Vaccination in Bombay 1863-1868 - 1863-1868
Year: 1863
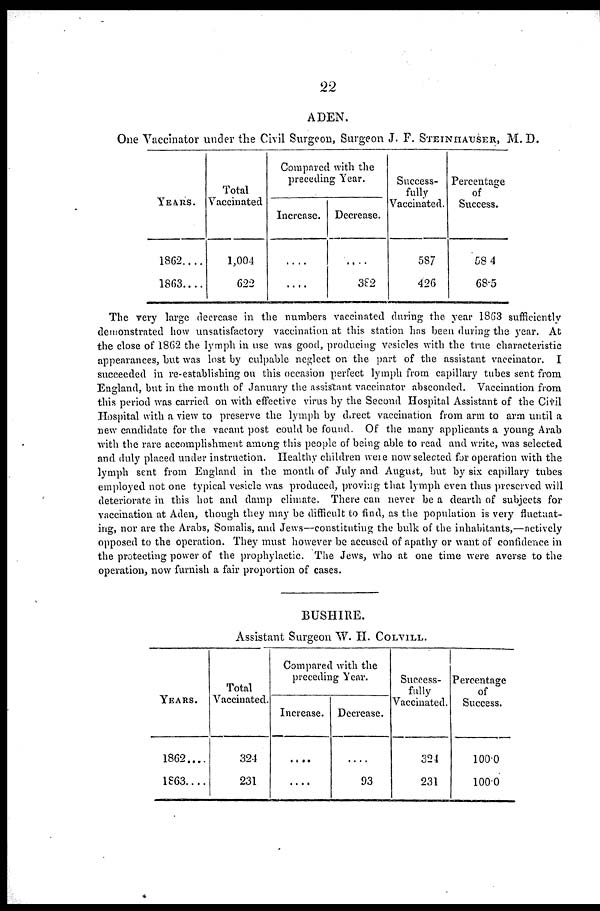
22
ADEN.
One Vaccinator under the Civil Surgeon, Surgeon J. F. STEINHAUSER, M. D.
YEARS.
1862....
1863....
Total
Vaccinated
1,004
622
Compared with the
preceding Year.
Increase.
....
....
Decrease.
....
382
Success-
fully
Vaccinated.
587
426
Percentage
of
Success.
584
68.5
The very large decrease in the numbers vaccinated during the year 1863 sufficiently
demonstrated how unsatisfactory vaccination at this station has been during the year. At
the close of 1862 the lymph in use was good, producing vesicles with the true characteristic
appearances, but was lost by culpable neglect on the part of the assistant vaccinator. I
succeeded in re-establishing on this occasion perfect lymph from capillary tubes sent from
England, but in the month of January the assistant vaccinator absconded. Vaccination from
this period was carried on with effective virus by the Second Hospital Assistant of the Civil
Hospital with a view to preserve the lymph by direct vaccination from arm to arm until a
new candidate for the vacant post could be found. Of the many applicants a young Arab
with the rare accomplishment among this people of being able to read and write, was selected
and duly placed under instruction. Healthy children were now selected for operation with the
lymph sent from England in the month of July and August, but by six capillary tubes
employed not one typical vesicle was produced, proving that lymph even thus preserved will
deteriorate in this hot and damp climate. There can never be a dearth of subjects for
vaccination at Aden, though they may be difficult to find, as the population is very fluctuat-
ing, nor are the Arabs, Somalis, and Jews—constituting the bulk of the inhabitants,—actively
opposed to the operation. They must however be accused of apathy or want of confidence in
the protecting power of the prophylactic. The Jews, who at one time were averse to the
operation, now furnish a fair proportion of cases.
BUSHIRE.
Assistant Surgeon W. H. COLVILL.
YEARS.
1862....
1863....
Total
Vaccinated.
324
231
Compared with the
preceding Year.
Increase.
....
....
Decrease.
....
93
Success-
fully
Vaccinated.
324
231
Percentage
of
Success.
100.0
100.0